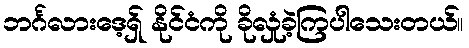
ဘင်္ဂလားဒေ့ရှ် နိုင်ငံကို ခိုလှုံခဲ့ကြပါသေးတယ်။